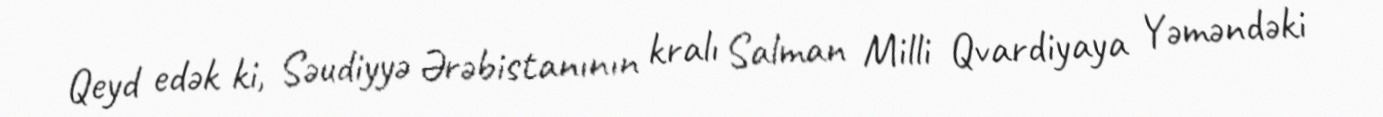
Qeyd edək ki, Səudiyyə Ərəbistanının kralı Salman Milli Qvardiyaya Yəməndəki